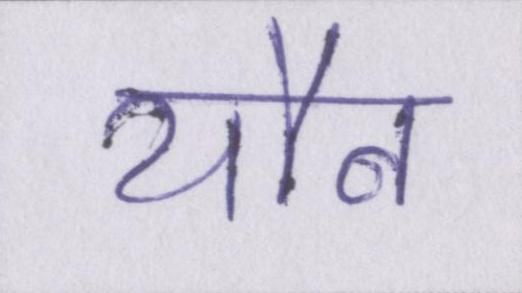
यौन